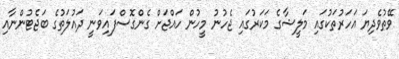
ވޭތުވެދިޔަ އަހަރުތަކުގައި މަލީޝާގެ މަކަރުގައި ޖެހުނު މީހުން ހައްޖަށް ގެންގޮސްފައިވަނީ ދައުލަތުގެ ބަޖެޓުންނާއި